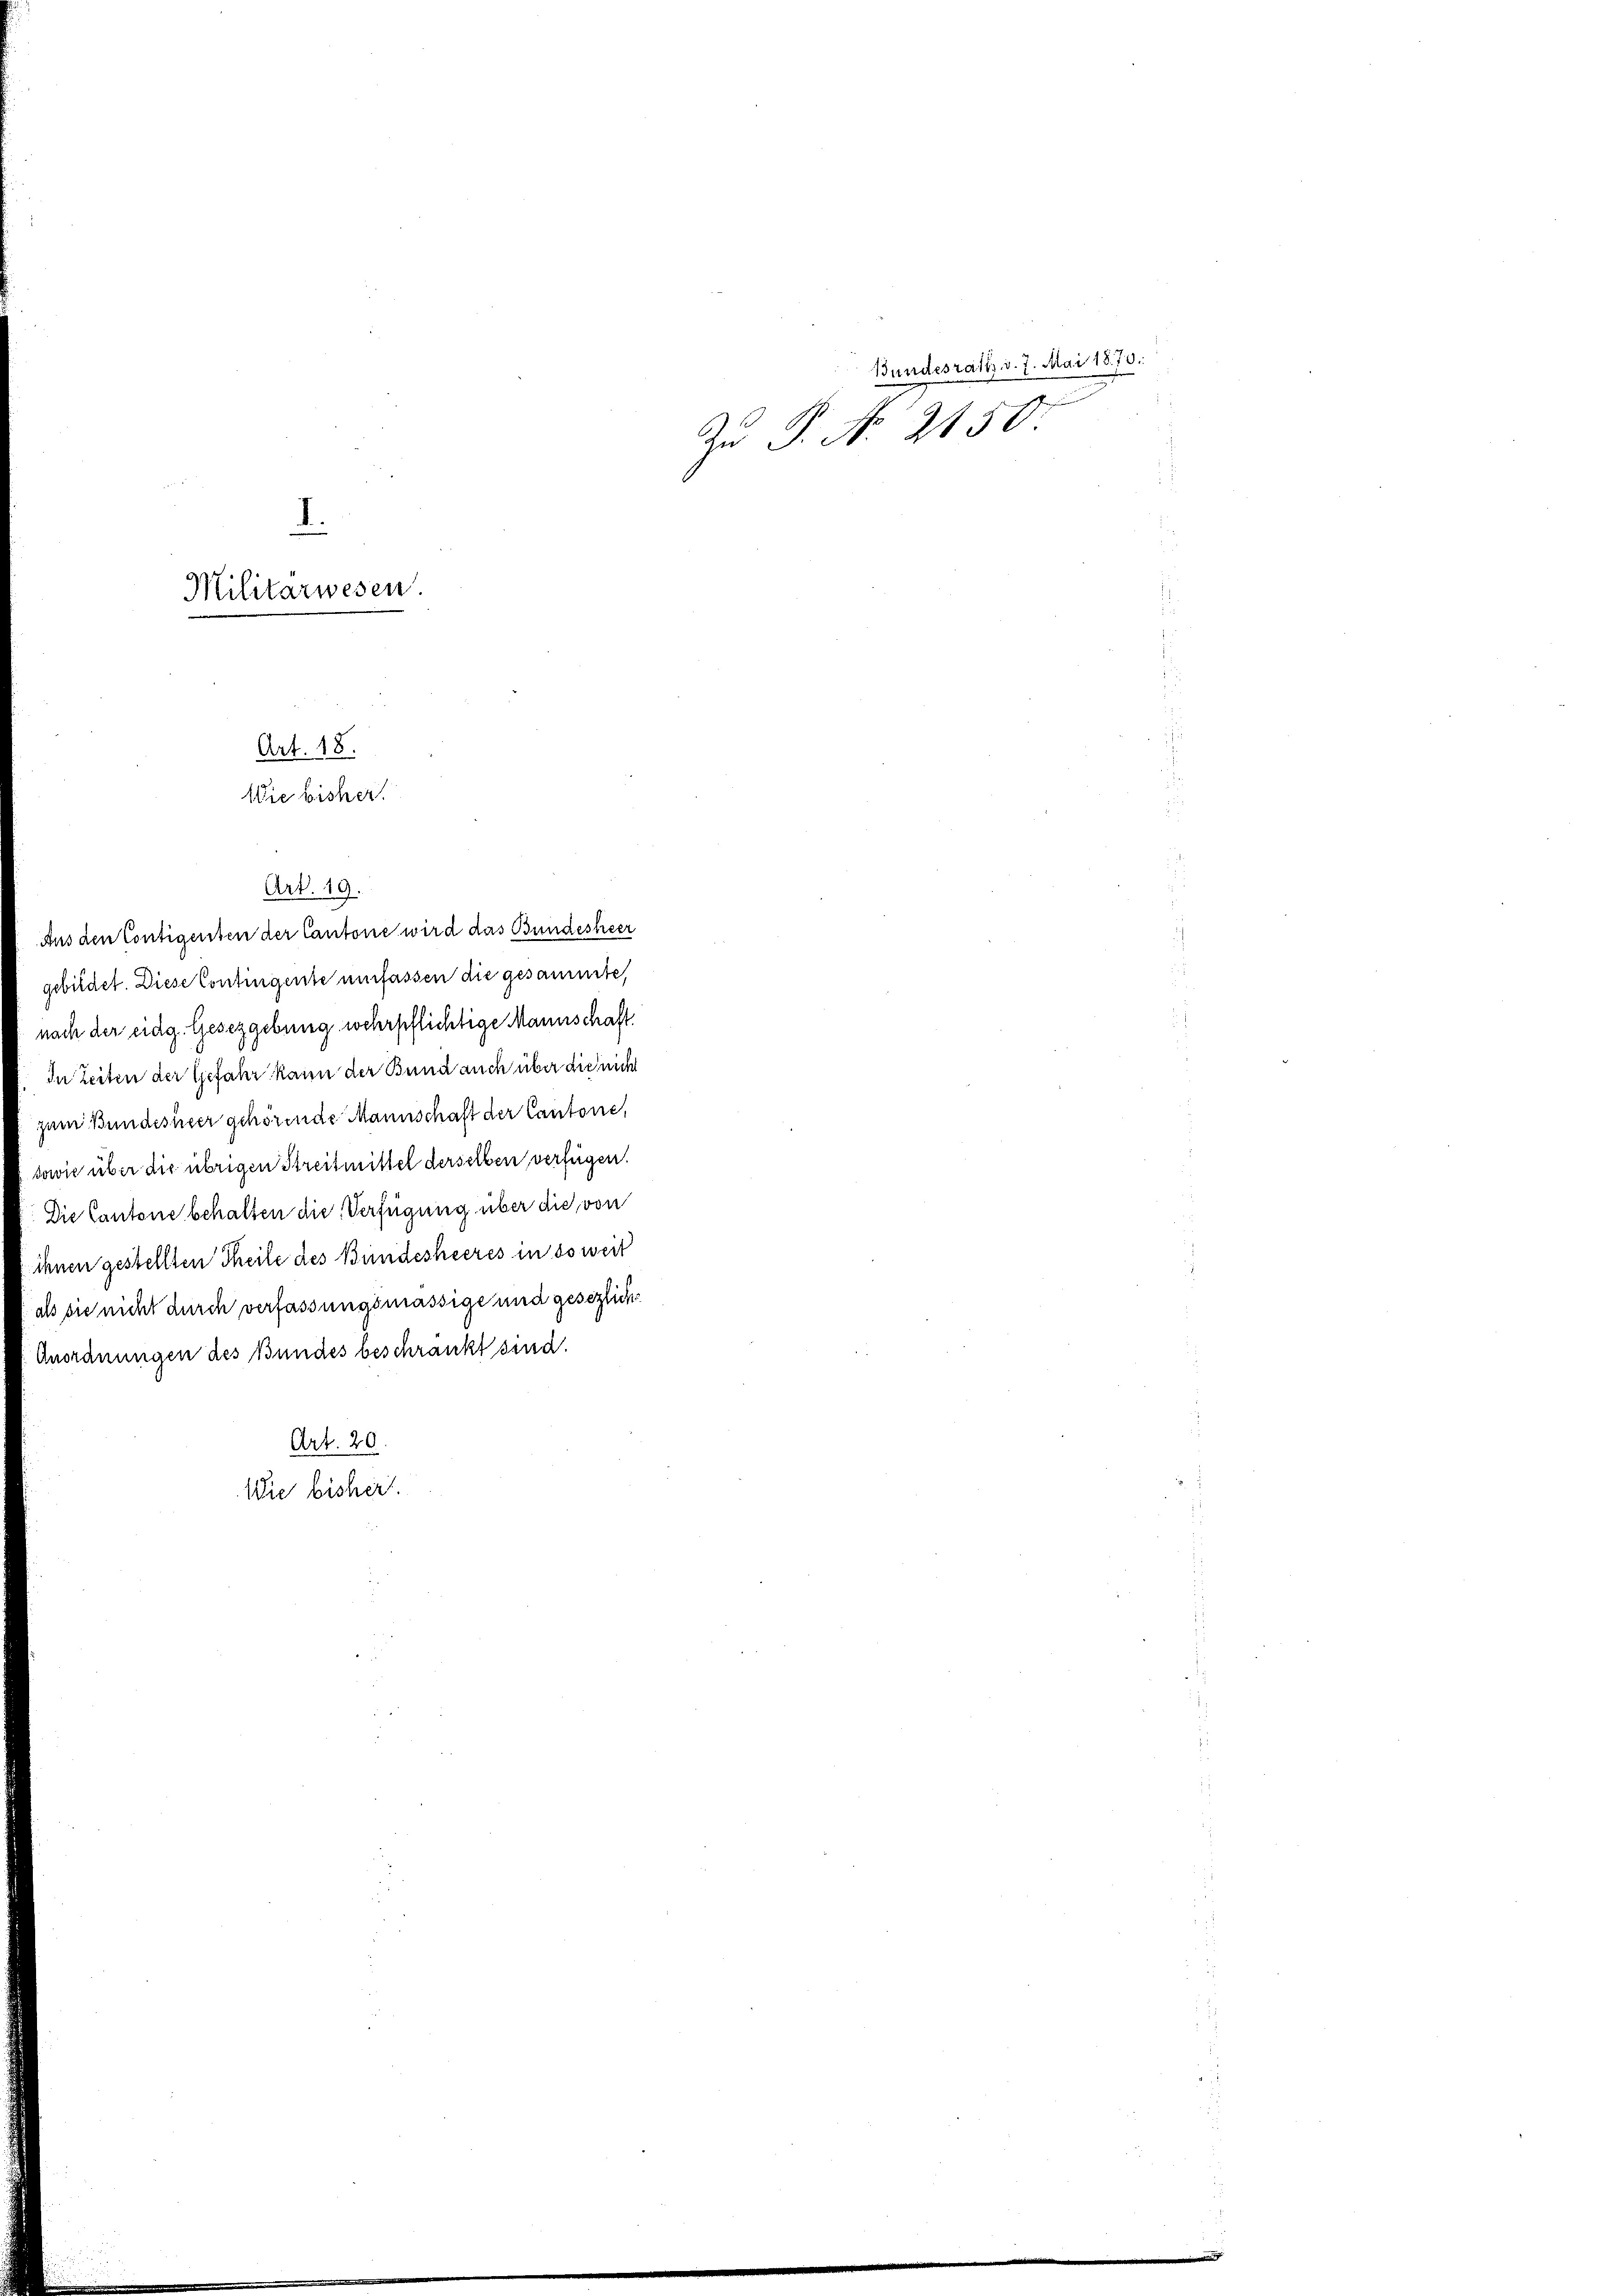
Militärwesen
Art. 18.
Wie bisher

Aus den Contigenten der Cantone wird das Bundesheer
gebildet. Diese Contingente umfassen die gesammte,
nach der eidg. Gesetzgebung wehrpflichtige Mannschaft.
In Zeiten der Gefahr kann der Bund auch über die nich
zum Bundesheer gehörende Mannschaft der Cantone,
sowie über die übrigen Streitmittel derselben verfügen.
Die Cantone behalten die Verfügung über die von
ihnen gestellten Theile des Bundesheeres in soweit
als die nicht durch verfassungsmässige und gesezliche
Anordnungen des Bundes beschränkt sind.
Art. 20
Wie bisher.

Art. 19.

Bundesrath v. 7. Mai 1870.
Zu §. No. 2150.